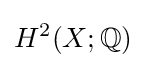
H^{2}(X;\mathbb {Q} )